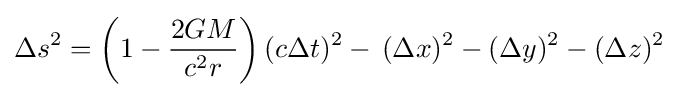
\Delta s^{2}=\left(1-{\frac {2GM}{c^{2}r}}\right)(c\Delta t)^{2}-\,(\Delta x)^{2}-(\Delta y)^{2}-(\Delta z)^{2}